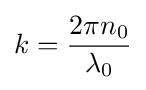
k={\frac {2\pi n_{0}}{\lambda _{0}}}